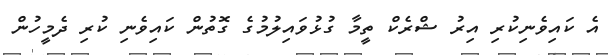
އެ ކައިވެނިކުރި އިރު ޝްރެކް ތީމާ ގުޅުވައިލުމުގެ ގޮތުން ކައިވެނި ކުރި ދެމީހުން